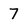
Character: 7